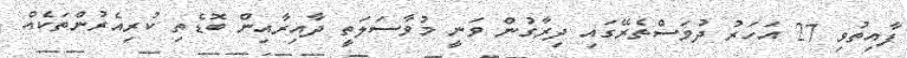
ފާއިތުވި 27 އަހަރު ދުވަސްތެރޭގައި ދިރާގުން ވަނީ މުވާސަލަތީ ދާއިރާއިން ބޮޑެތި ކުރިއެރުންތަކެއް